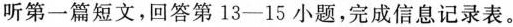
听第一篇短文，回答第 13-15 小题，完成信息记录表.。